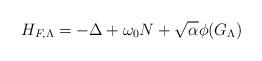
LaTeX: \begin{align*} H_{F,\Lambda} = -\Delta + \omega_0 N + \sqrt{\alpha}\phi(G_\Lambda)\end{align*}